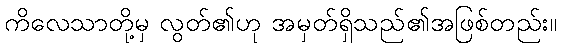
ကိလေသာတို့မှ လွတ်၏ဟု အမှတ်ရှိသည်၏အဖြစ်တည်း။